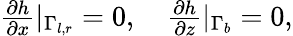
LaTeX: \begin{array}{r}{\frac{\partial h}{\partial x}|_{\Gamma_{l,r}}=0,\quad\frac{\partial h}{\partial z}|_{\Gamma_{b}}=0,}\end{array}